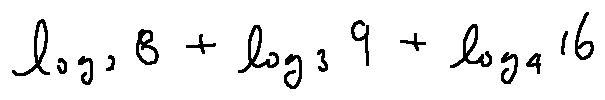
\log _ { 2 } 8 + \log _ { 3 } 9 + \log _ { 4 } 1 6